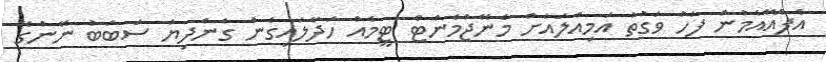
އެފްއޭއެމުން ފަހު ވަގުތު އަމިއްލައަށް މެނޭޖްމެންޓް ޓީމެއް ހަދާލައިގެން ގެންދިޔަ ސަބަބު ނޭންގޭ